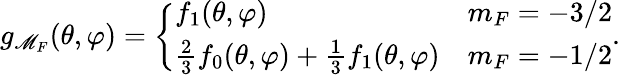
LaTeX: g_{\mathscr{M}_{F}}(\theta,\varphi)=\left\{ \begin{array}{ll}{f_{1}(\theta,\varphi)}&{m_{F}=-3/2}\\ {\frac{2}{3}f_{0}(\theta,\varphi)+\frac{1}{3}f_{1}(\theta,\varphi)}&{m_{F}=-1/2}\end{array}\right..